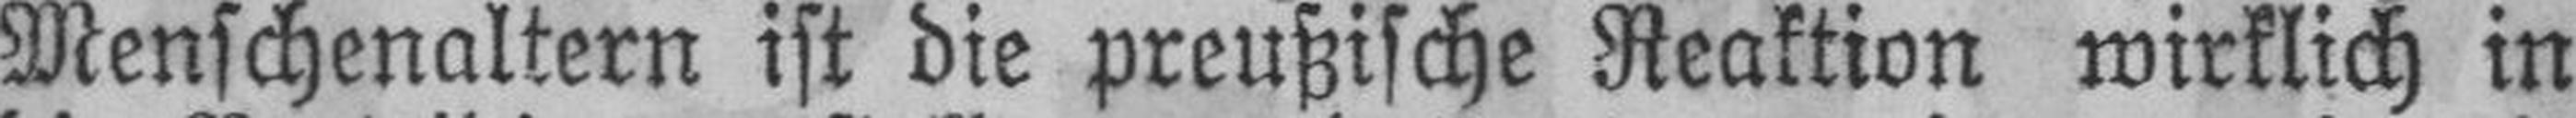
Menschenaltern ist die preußische Reaktion wirklich in